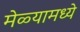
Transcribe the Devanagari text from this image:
मेळ्यामध्ये